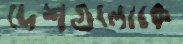
দেশগুলোকে